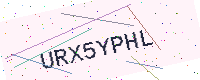
Text: URX5YPHL